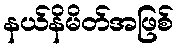
နယ်နိမိတ်အဖြစ်